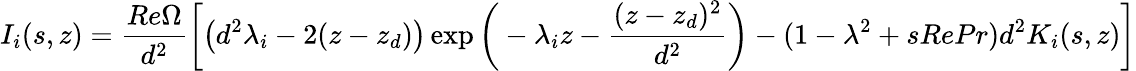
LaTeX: I_{i}(s,z)=\frac{Re\Omega}{d^{2}}\bigg[\big(d^{2}\lambda_{i}-2(z-z_{d})\big)\exp\bigg(-\lambda_{i}z-\frac{(z-z_{d})^{2}}{d^{2}}\bigg)-(1-\lambda^{2}+sRePr)d^{2}K_{i}(s,z)\bigg]